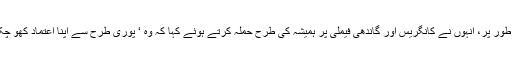
سیاسی طور پر، انہوں نے کانگریس اور گاندھی فیملی پر ہمیشہ کی طرح حملہ کرتے ہوئے کہا کہ وہ ‘ پوری طرح سے اپنا اعتماد کھو چکے ہیں۔